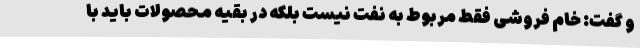
و گفت: خام فروشی فقط مربوط به نفت نیست بلکه در بقیه محصولات باید با